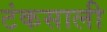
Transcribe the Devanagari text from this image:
टंकसाली